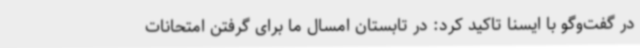
در گفت‌وگو با ایسنا تاکید کرد: در تابستان امسال ما برای گرفتن امتحانات